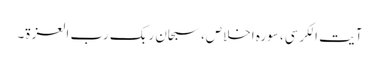
آیت الکرسی، سورہ اخلاص، سبحان ربک رب العزۃ۔